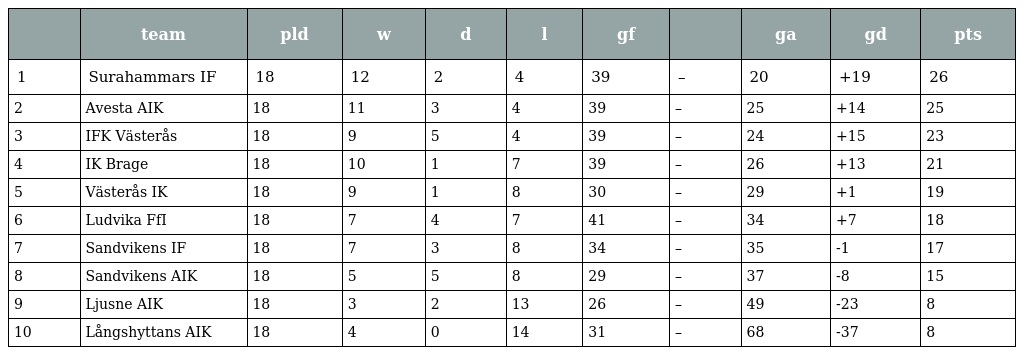
|  | team | pld | w | d | l | gf |  | ga | gd | pts |
 | --- | --- | --- | --- | --- | --- | --- | --- | --- | --- | --- |
 | 1 | Surahammars IF | 18 | 12 | 2 | 4 | 39 | – | 20 | +19 | 26 |
 | 2 | Avesta AIK | 18 | 11 | 3 | 4 | 39 | – | 25 | +14 | 25 |
 | 3 | IFK Västerås | 18 | 9 | 5 | 4 | 39 | – | 24 | +15 | 23 |
 | 4 | IK Brage | 18 | 10 | 1 | 7 | 39 | – | 26 | +13 | 21 |
 | 5 | Västerås IK | 18 | 9 | 1 | 8 | 30 | – | 29 | +1 | 19 |
 | 6 | Ludvika FfI | 18 | 7 | 4 | 7 | 41 | – | 34 | +7 | 18 |
 | 7 | Sandvikens IF | 18 | 7 | 3 | 8 | 34 | – | 35 | -1 | 17 |
 | 8 | Sandvikens AIK | 18 | 5 | 5 | 8 | 29 | – | 37 | -8 | 15 |
 | 9 | Ljusne AIK | 18 | 3 | 2 | 13 | 26 | – | 49 | -23 | 8 |
 | 10 | Långshyttans AIK | 18 | 4 | 0 | 14 | 31 | – | 68 | -37 | 8 |